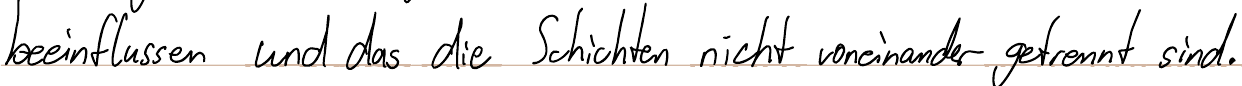
beeinflussen und das die Schichten nicht voneinander getrennt sind.